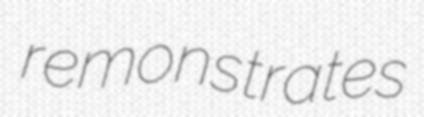
remonstrates